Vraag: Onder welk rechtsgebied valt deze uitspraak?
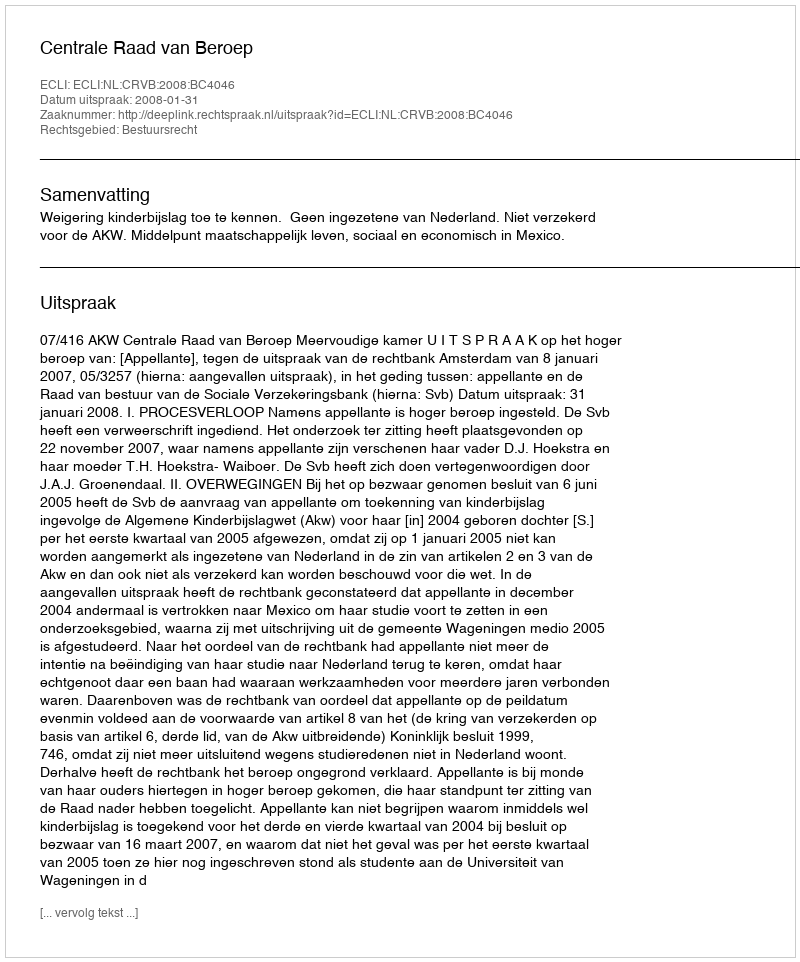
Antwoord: Bestuursrecht